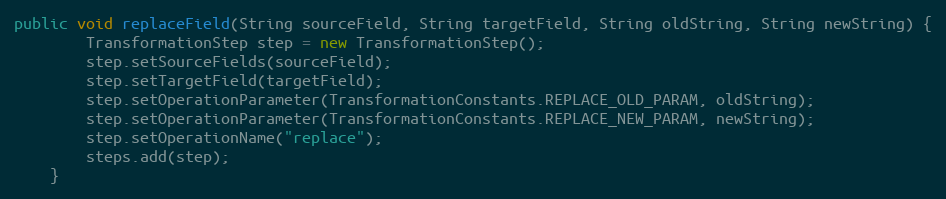
Language: Java
public void replaceField(String sourceField, String targetField, String oldString, String newString) {
        TransformationStep step = new TransformationStep();
        step.setSourceFields(sourceField);
        step.setTargetField(targetField);
        step.setOperationParameter(TransformationConstants.REPLACE_OLD_PARAM, oldString);
        step.setOperationParameter(TransformationConstants.REPLACE_NEW_PARAM, newString);
        step.setOperationName("replace");
        steps.add(step);
    }